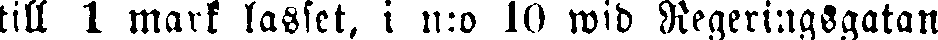
till 1 mark lasset, i n:o 10 wid Regeringsgatan